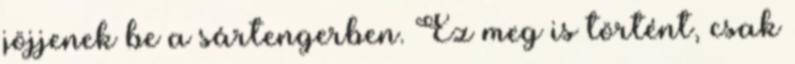
jöjjenek be a sártengerben. Ez meg is történt, csak